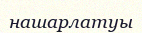
нашарлатуы